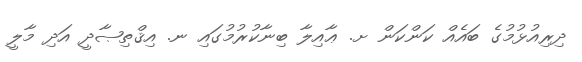
ދިރިއުޅުމުގެ ބައެއް ކަންކަން ށ. ޢާއިލާ ބިނާކުރުމުގައި ނ. އިޤްތިޞާދީ އަދި މާލީ